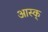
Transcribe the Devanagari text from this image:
आस्क्